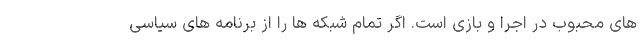
های محبوب در اجرا و بازی است. اگر تمام شبکه ها را از برنامه های سیاسی